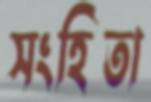
সংহিতা